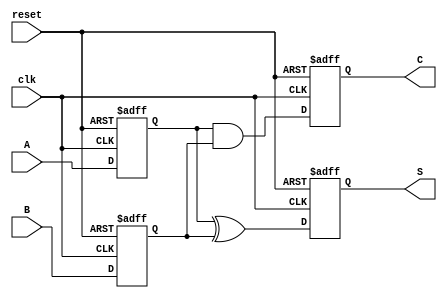
module sequential_half_adder (
    input wire clk,       // Clock input
    input wire reset,     // Reset input
    input wire A,         // First input
    input wire B,         // Second input
    output reg S,         // Sum output
    output reg C          // Carry output
);

    // Internal registers to store the state of inputs A and B
    reg A_reg;
    reg B_reg;

    // Sequential logic to capture inputs on the rising edge of the clock
    always @(posedge clk or posedge reset) begin
        if (reset) begin
            // Reset the stored values and outputs
            A_reg <= 1'b0;
            B_reg <= 1'b0;
            S <= 1'b0;
            C <= 1'b0;
        end else begin
            // Capture the inputs
            A_reg <= A;
            B_reg <= B;

            // Calculate the outputs based on the stored values
            S <= A_reg ^ B_reg; // Sum: A XOR B
            C <= A_reg & B_reg; // Carry: A AND B
        end
    end

endmodule